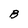
Character: B